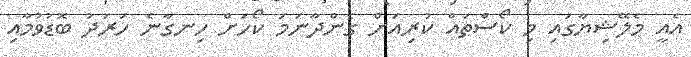
އެއީ މެލޭޝިޔާގައި މި ކޯސްތައް ކުރިއަށް ގެންދާނަމަ ކޯހަށް ހިނގާނެ ހަރަދު ބޮޑުވުމާއި